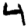
Digit: 4